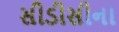
સીડીસીના